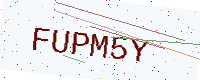
Text: FUPM5Y